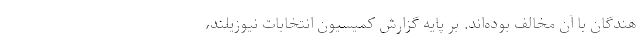
هندگان با آن مخالف بوده‌اند. بر پایه گزارش کمیسیون انتخابات نیوزیلند،